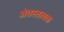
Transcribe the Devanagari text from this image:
अंतस्तत्वक